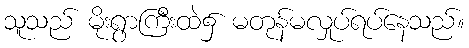
သူသည် မိုးရွာကြီးထဲ၌ မတုန်မလှုပ်ရပ်နေသည်။